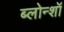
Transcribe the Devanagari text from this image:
ब्लोन्शॉ